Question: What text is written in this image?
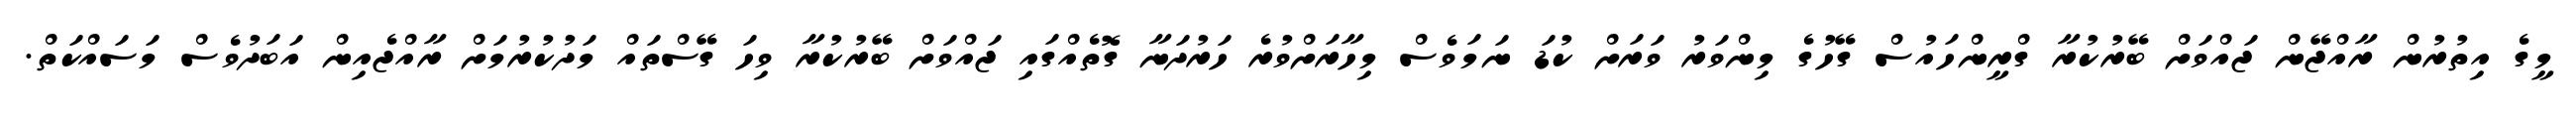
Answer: މީގެ އިތުރުން ރާއްޖޭން ޖައްވަށް ބޭރުކުރާ ގްރީންހައުސް ގޭހުގެ މިންވަރު ވަރަށް ކުޑަ ނަމަވެސް މިހާރަށްވުރެ ހަރުދަނާ ގޮތެއްގައި ޖައްވަށް ބޭރުކުރާ ވިހަ ގޭސްތައް މަދުކުރުމަށް ރާއްޖެއިން އަބަދުވެސް މަސައްކަތް.